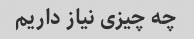
چه چیزی نیاز داریم